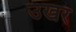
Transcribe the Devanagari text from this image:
उखर